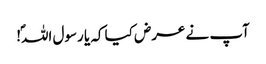
آپ نے عرض کیا کہ یا رسول اللہؐ!